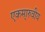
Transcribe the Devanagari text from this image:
एकमा्रुवीय